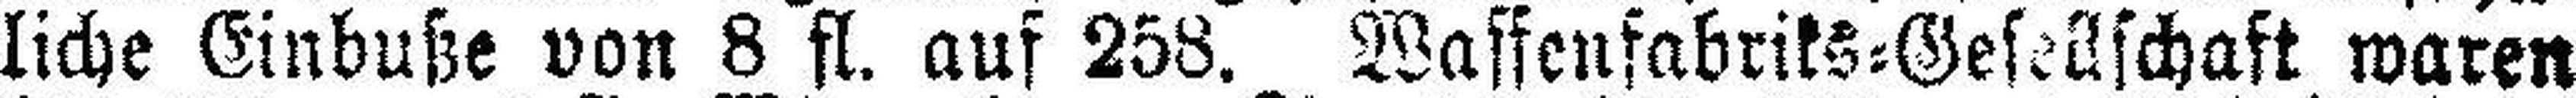
liche Einbuße von 8 fl. auf 258. Waffenfabriks=Gesellschaft waren